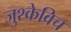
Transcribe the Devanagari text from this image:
जुश्केविच